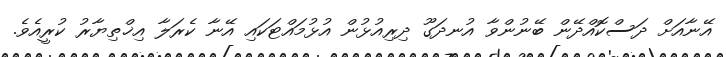
އޭނާއަށް ދަސްކޮއްދޭން ބޭނުންވާ އުނދަގޫ ދިރިއުޅުން އުޅުމައްޓަކައި އޭނާ ކެރަލާ އިޚްތިޔާރު ކުރީއެވެ.